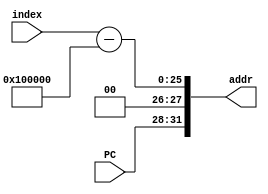
`timescale 1ns / 1ps
//////////////////////////////////////////////////////////////////////////////////
// Company: 
// Engineer: 
// 
// Design Name: 
// Module Name: II
// Project Name: 
// Target Devices: 
// Tool Versions: 
// Description: 
// 
// Dependencies: 
// 
// Revision:
// Revision 0.01 - File Created
// Additional Comments:
// 
//////////////////////////////////////////////////////////////////////////////////


module II(
   input [3:0]PC,
   input [25:0]index,
   output [31:0]addr
    );
    wire [25:0]e_index;
    assign e_index=index-26'b00_00010000_00000000_00000000;
    assign addr={PC,2'b0,e_index};
endmodule